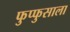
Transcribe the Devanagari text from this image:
फुप्फुसाला